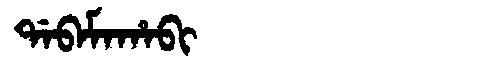
Manchu: ᡩᠠᠪᠠᠮᠠᡥᠠᠪᡳ
Romanization: DABAMAHABI